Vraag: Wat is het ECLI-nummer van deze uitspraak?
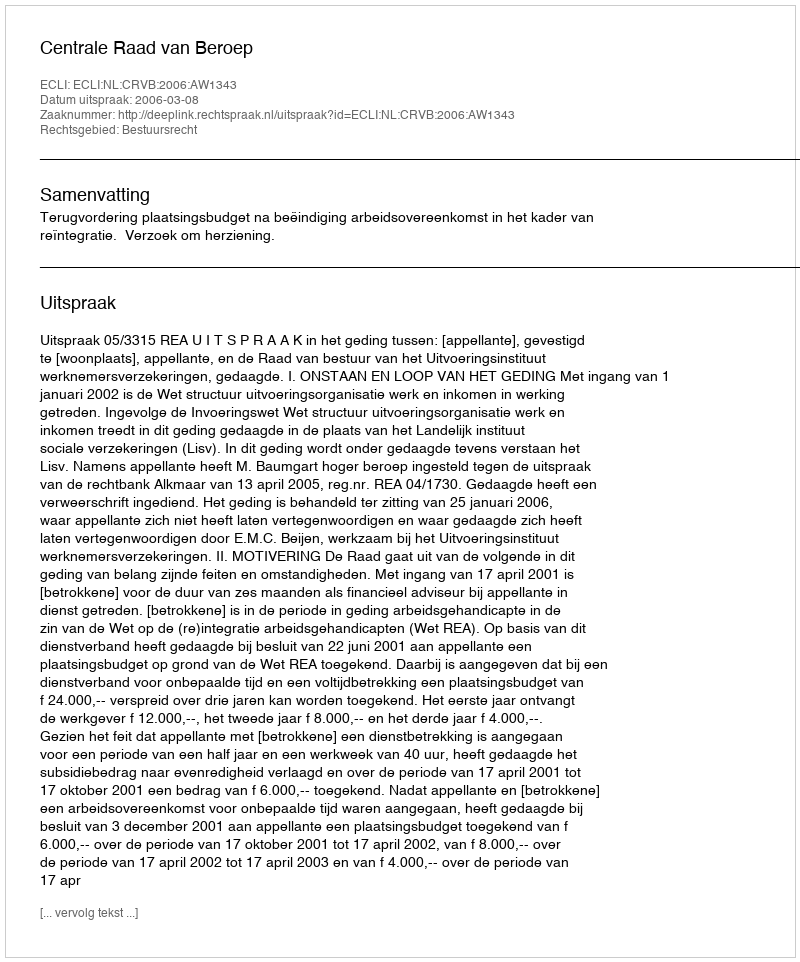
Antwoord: ECLI:NL:CRVB:2006:AW1343